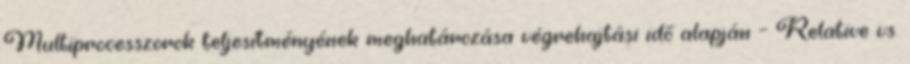
Multiprocesszorok teljesítményének meghatározása végrehajtási idő alapján – Relative vs.